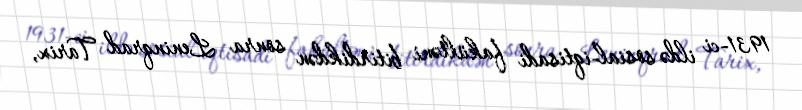
1931-ci ildə sosial-iqtisadi fakültəni bitirdikdən sonra Leninqrad Tarix,